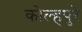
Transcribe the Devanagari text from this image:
कोल्हपुरे